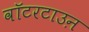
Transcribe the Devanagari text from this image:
वॉटरटाउऩ